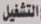
التشغيل